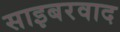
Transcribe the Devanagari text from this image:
साइबरवाद